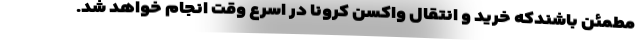
مطمئن باشندکه خرید و انتقال واکسن کرونا در اسرع وقت انجام خواهد شد.